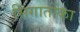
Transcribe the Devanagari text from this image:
सिगातोंका